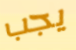
يجب